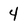
Character: 4